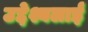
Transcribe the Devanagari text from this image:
उद्देश्यलाई